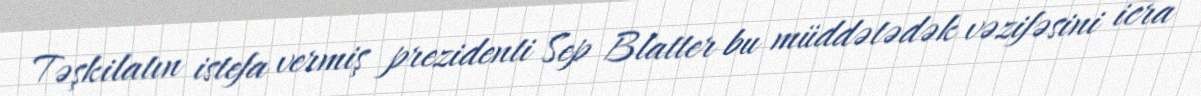
Təşkilatın istefa vermiş prezidenti Sep Blatter bu müddətədək vəzifəsini icra